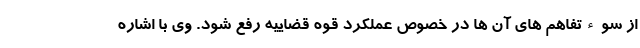
از سوءتفاهم های آن ها در خصوص عملکرد قوه قضاییه رفع شود. وی با اشاره